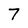
Character: 7